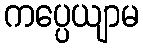
ကပ္ပေယျာမ